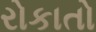
રોકાતો